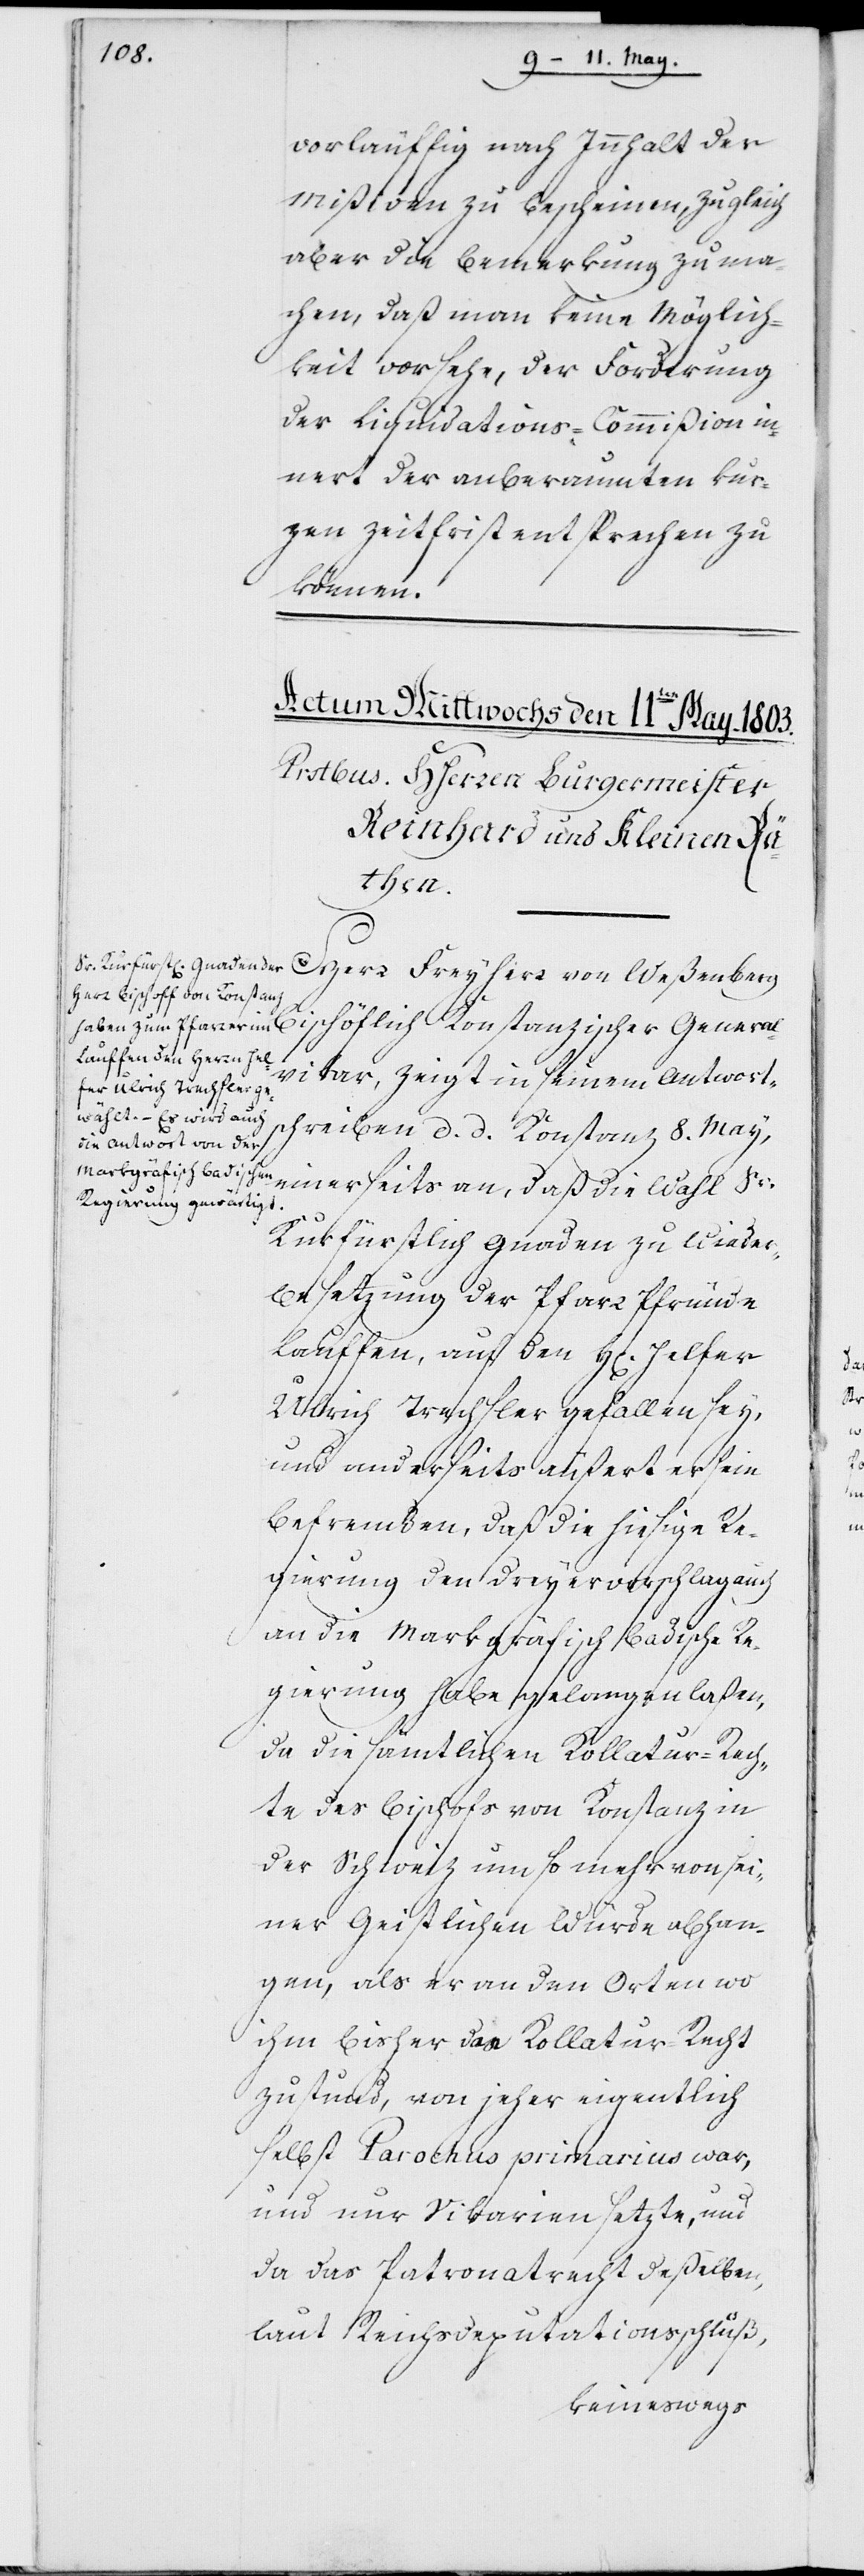
vorläufig nach Innhalt der
Mißiven zu bescheinen, zugleich
aber die Bemerkung zu ma¬
chen, daß man keine Möglich¬
keit vorsehe, der Forderung
der Liquidations-Commißion in¬
nert der anberaumten kur¬
zen Zeitfrist entsprechen zu
können.
General¬
Herr Freyherr von Weßenberg
vikar, zeigt in seinem Antwort¬
schreiben d. d. Konstanz 8. May,
einerseits an, daß die Wahl Sr.
Kurfürstlich Gnaden zu Wiede¬
rbesetzung der Pfarr Pfründe
Lauffen, auf den Herrn Helfer
Ulrich Trachsler gefallen sey,
und anderseits äußert er sein
Befremden, daß die hiesige Re¬
gierung den Dreyervorschlag auch
an die Markgräfisch Badische Re¬
gierung habe gelangen laßen,
da die sämtlichen Kollatur-Rech¬
te des Bischofs von Konstanz in
der Schweiz um so mehr von sei¬
ner Geistlichen Würde abhan¬
gen, als er an den Orten, wo
ihm bisher das Kollatur-Recht
zustund, von jeher eigentlich
selbst Parochus primarius war,
und nur Vikarien setzte, und
da das Patronatrecht deßelben,
laut Reichsdeputationsschluß,